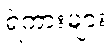
ရဲကားများ